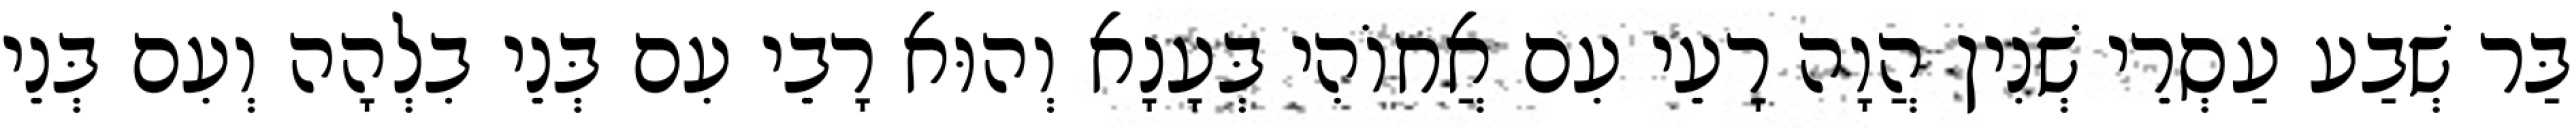
בַּר שְׁבַע עַסְרֵי שְׁנִין הֲוָה רָעֵי עִם אֲחוֹהִי בְּעָנָא וְהוּא רָבֵי עִם בְּנֵי בִלְהָה וְעִם בְּנֵי